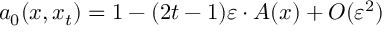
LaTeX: a _ { 0 } ( x , x _ { t } ) = 1 - ( 2 t - 1 ) \varepsilon \cdot A ( x ) + { \cal O } ( \varepsilon ^ { 2 } )